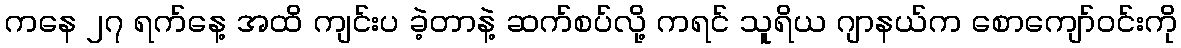
ကနေ ၂၇ ရက်နေ့ အထိ ကျင်းပ ခဲ့တာနဲ့ ဆက်စပ်လို့ ကရင် သူရိယ ဂျာနယ်က စောကျော်ဝင်းကို